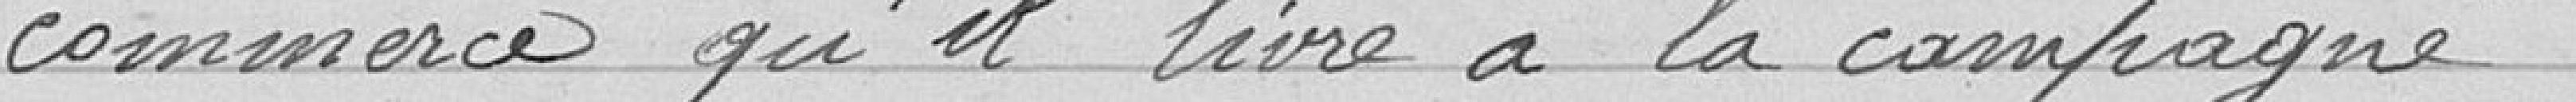
commerce qu'il livre à la compagne.